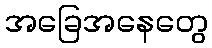
အခြေအနေတွေ